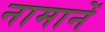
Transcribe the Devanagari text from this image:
नामानें